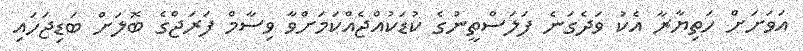
އަވަށަށް ހަތިޔާރާ އެކު ވަދެގަނެ ފަލަސްތީނުގެ ކުޑަކުއްޖެއްކަމަށްވާ ވިސާމް ފަރަޖްގެ ބޮލަށް ބަޑިޖަހައި